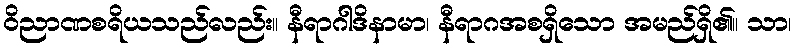
ဝိညာဏစရိယသည်လည်း။ နီရာဂါဒိနာမာ၊ နီရာဂအစရှိသော အမည်ရှိ၏။ သာ၊